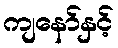
ကျနော်နှင့်